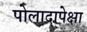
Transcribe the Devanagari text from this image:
पोलादापेक्षा